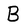
Character: B